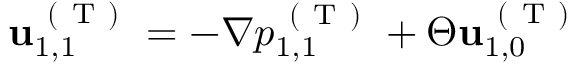
\mathbf { u } _ { 1 , 1 } ^ { \mathrm { ~ ( ~ T ~ ) ~ } } = - \nabla p _ { 1 , 1 } ^ { \mathrm { ~ ( ~ T ~ ) ~ } } + \Theta \mathbf { u } _ { 1 , 0 } ^ { \mathrm { ~ ( ~ T ~ ) ~ } }